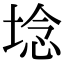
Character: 埝